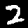
Digit: 2